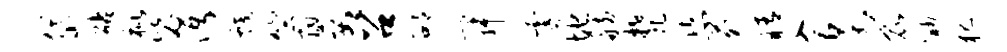
岱砧枇毖沔蛟竺酣妥召邵寂霎地舫梵恣苑睛入泉昆渺犯